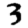
Digit: 3